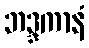
ဘဒ္ဒကာနံ